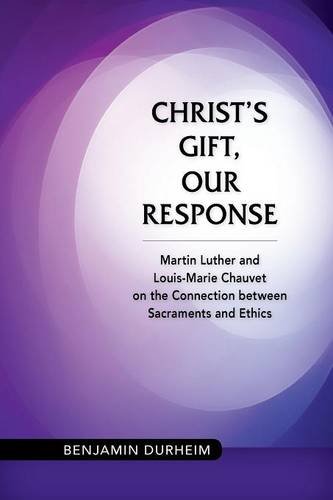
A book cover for Christ's Gift, Our Response: Martin Luther and Louis-Marie Chauvet on the Connection between Sacraments and Ethics; Benjamin Durheim; Christian Books & Bibles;